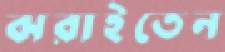
ঝরাইতেন